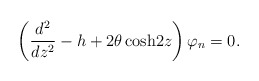
\begin{align*}\left({d^2\over dz^2}-h+2\theta \,{\rm cosh} 2z\right)\varphi_{n}=0.\end{align*}